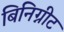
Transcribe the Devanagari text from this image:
बिनिग्नीट